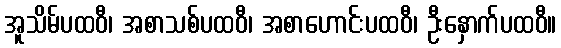
အူသိမ်ပထဝီ၊ အစာသစ်ပထဝီ၊ အစာဟောင်းပထဝီ၊ ဦးနှောက်ပထဝီ။